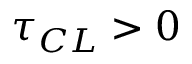
\tau _ { C L } > 0